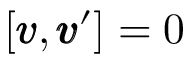
[ { \pmb v } , { \pmb v } ^ { \prime } ] = 0